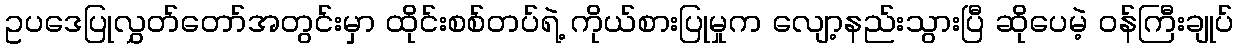
ဥပဒေပြုလွှတ်တော်အတွင်းမှာ ထိုင်းစစ်တပ်ရဲ့ ကိုယ်စားပြုမှုက လျော့နည်းသွားပြီ ဆိုပေမဲ့ ဝန်ကြီးချုပ်